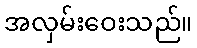
အလှမ်းဝေးသည်။